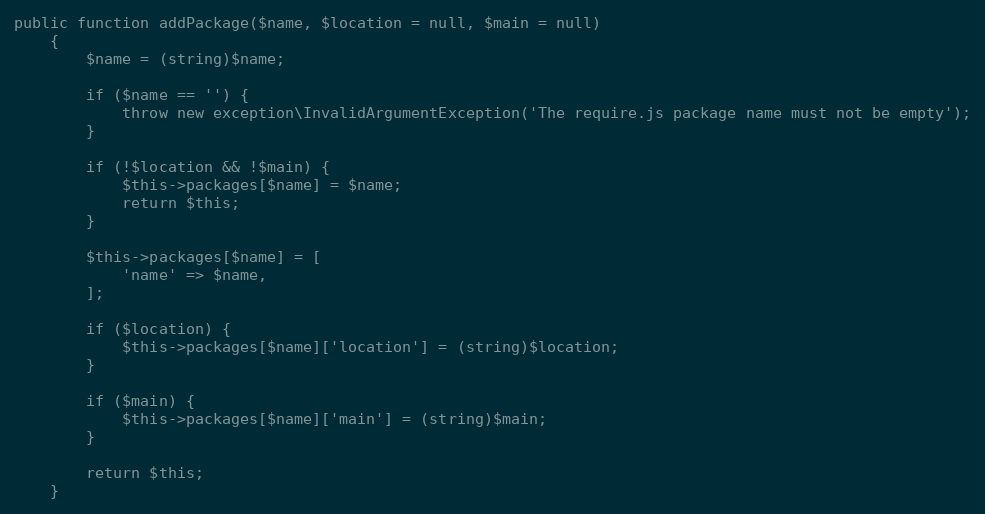
Language: PHP
public function addPackage($name, $location = null, $main = null)
    {
        $name = (string)$name;

        if ($name == '') {
            throw new exception\InvalidArgumentException('The require.js package name must not be empty');
        }

        if (!$location && !$main) {
            $this->packages[$name] = $name;
            return $this;
        }

        $this->packages[$name] = [
            'name' => $name,
        ];

        if ($location) {
            $this->packages[$name]['location'] = (string)$location;
        }

        if ($main) {
            $this->packages[$name]['main'] = (string)$main;
        }

        return $this;
    }